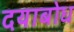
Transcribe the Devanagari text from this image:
दयाबोध